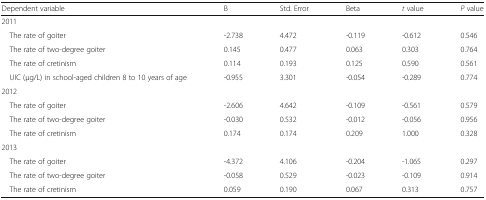
| Dependent variable | B | Std. Error | Beta | t value | P value |
 | --- | --- | --- | --- | --- | --- |
 | <COLSPAN=6> 2011 |
 | The rate of goiter | -2.738 | 4.472 | -0.119 | -0.612 | 0.546 |
 | The rate of two-degree goiter | 0.145 | 0.477 | 0.063 | 0.303 | 0.764 |
 | The rate of cretinism | 0.114 | 0.193 | 0.125 | 0.590 | 0.561 |
 | UIC (μg/L) in school-aged children 8 to 10 years of age | -0.955 | 3.301 | -0.054 | -0.289 | 0.774 |
 | <COLSPAN=6> 2012 |
 | The rate of goiter | -2.606 | 4.642 | -0.109 | -0.561 | 0.579 |
 | The rate of two-degree goiter | -0.030 | 0.532 | -0.012 | -0.056 | 0.956 |
 | The rate of cretinism | 0.174 | 0.174 | 0.209 | 1.000 | 0.328 |
 | <COLSPAN=6> 2013 |
 | The rate of goiter | -4.372 | 4.106 | -0.204 | -1.065 | 0.297 |
 | The rate of two-degree goiter | -0.058 | 0.529 | -0.023 | -0.109 | 0.914 |
 | The rate of cretinism | 0.059 | 0.190 | 0.067 | 0.313 | 0.757 |